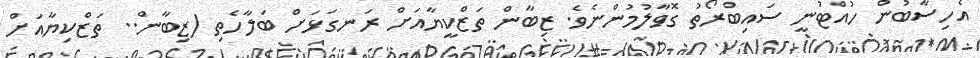
އެހިސާބުން ހުއްޓުނީ ސައިބްރޯތު ގޮވާލުމުންނެވެ. ޒިބާން ތަޒްކީޔާއަށް ރަނގަޅަށް ބަލާހެތި (ޒިބާން.. ތަޒްކިޔާއަށް